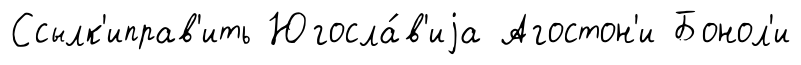
Ссылк'иправ'ить Югосла́в'иjа Агостон'и Бонол'и